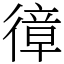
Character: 𢕔